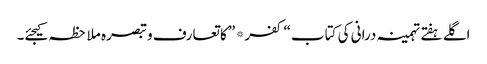
اگلے ہفتے تہمینہ درانی کی کتاب “کفر* ” کا تعارف و تبصرہ ملاحظہ کیجئے۔